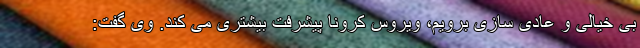
بی خیالی و عادی سازی برویم، ویروس کرونا پیشرفت بیشتری می کند. وی گفت: